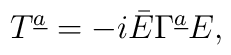
T^{\underline a}=-i\bar E\Gamma^{\underline a}E,